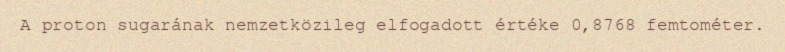
A proton sugarának nemzetközileg elfogadott értéke 0,8768 femtométer.